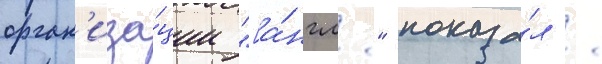
орган'иза́ции "[а́нгл." показа́л /